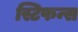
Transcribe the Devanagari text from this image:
स्टिफन्स